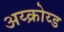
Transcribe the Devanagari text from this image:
अय्क्रोय्ड